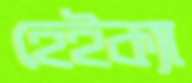
হেইক্যা